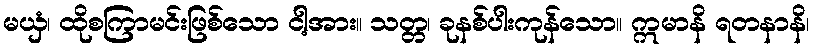
မယှံ၊ ထိုစကြာမင်းဖြစ်သော ငါ့အား။ သတ္တ၊ ခုနစ်ပါးကုန်သော။ ဣမာနိ ရတနာနိ၊